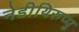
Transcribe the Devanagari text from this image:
नेडीयिरुप्पू